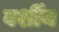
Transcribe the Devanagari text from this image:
वर्शीय